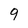
Character: 9